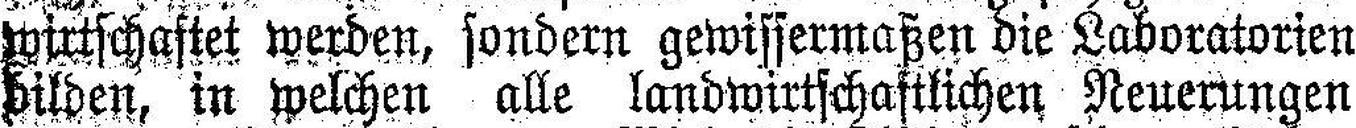
wirtschaftet werden, sondern gewissermaßen die Laboratorien